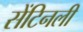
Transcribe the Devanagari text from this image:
सेंटिनली